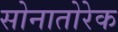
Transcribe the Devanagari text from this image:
सोनातोरेक